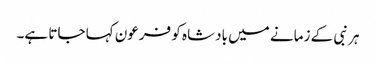
ہر نبی کے زمانے میں بادشاہ کو فرعون کہا جاتا ہے۔